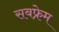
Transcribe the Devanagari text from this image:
सबफ्रेम